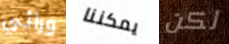
ورائي يمكننا لكن